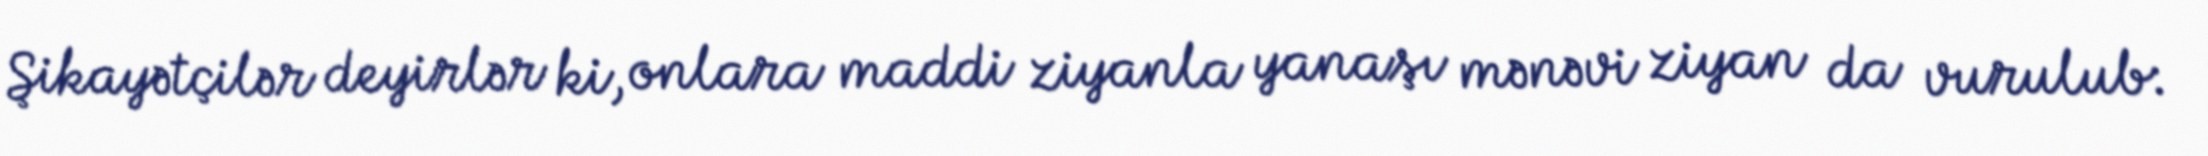
Şikayətçilər deyirlər ki, onlara maddi ziyanla yanaşı mənəvi ziyan da vurulub: